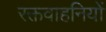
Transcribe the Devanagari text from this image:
रक्तवाहनियों